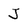
Character: J